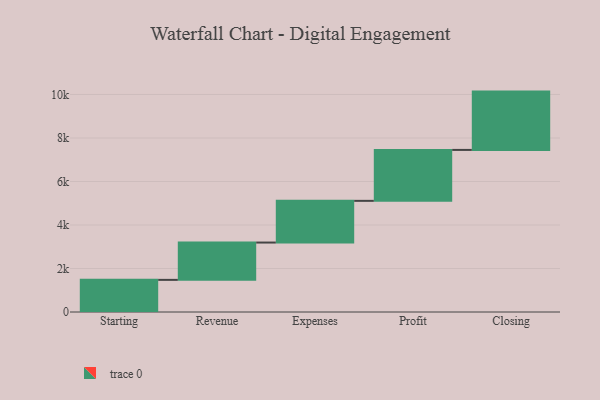
{"axis": {"x": "Step", "y": "Value"}, "legend": [""], "data": [{"x": "Starting", "y": 1477.0, "type": ""}, {"x": "Revenue", "y": 1716.0, "type": ""}, {"x": "Expenses", "y": 1917.0, "type": ""}, {"x": "Profit", "y": 2342.0, "type": ""}, {"x": "Closing", "y": 2681.0, "type": ""}]}